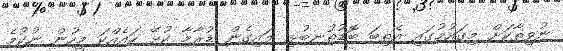
ނުވިތާކަށް މިގައުމުގައި އެތިބަ ބޮޑުތުނބުޅި ލައިގެން ޑުރާމާ ކުޅޭ ހައެއްކަ މީހުން ނުކުމެ